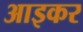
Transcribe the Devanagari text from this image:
आइकर